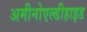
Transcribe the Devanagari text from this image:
अमीनोएल्डीहाइड